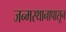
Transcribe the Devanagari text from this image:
जन्मस्थानापासून